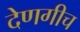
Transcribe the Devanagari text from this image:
देणगीच